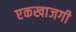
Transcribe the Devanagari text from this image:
एकखाजगी